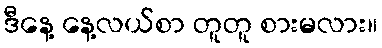
ဒီနေ့ နေ့လယ်စာ တူတူ စားမလား။